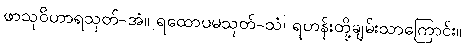
ဖာသုဝိဟာရသုတ်-အံ။ ရထောပမသုတ်-သံ၊ ရဟန်းတို့ချမ်းသာကြောင်း။